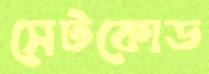
সেটকোড